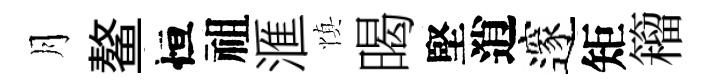
月鳌恒祖滙慎暍堅逍邃矩籕